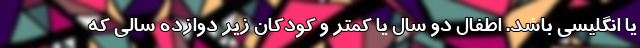
یا انگلیسی باشد. اطفال دو سال یا کمتر و کودکان زیر دوازده سالی که